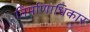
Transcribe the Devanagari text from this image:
निर्माणाधिकार